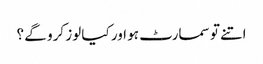
اتنے تو سمارٹ ہو اور کیا لوز کرو گے ؟